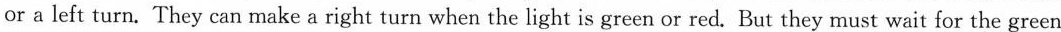
or a left turn. They can make a right turn when the light is green or red. But they must wait for the green